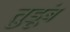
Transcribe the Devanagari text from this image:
तुडूंब